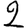
Digit: 2